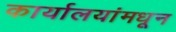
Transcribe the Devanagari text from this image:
कार्यालयांमधून